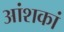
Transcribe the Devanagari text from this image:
आंशकां